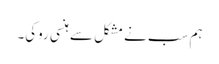
ہم سب نے مشکل سے ہنسی روکی۔